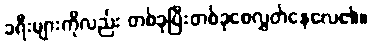
ခရီးများကိုလည်း တစ်ခုပြီးတစ်ခုစေလွှတ်နေလေ၏။